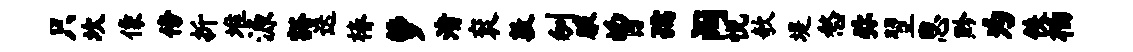
只坎像傍折堆源豁迭椿萝渚衮敦刎腋曾孺阔悦欹堤愁弥翌思黔为佚柏